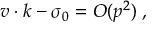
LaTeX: v \cdot k - \sigma _ { 0 } = { \cal O } ( p ^ { 2 } ) \; ,